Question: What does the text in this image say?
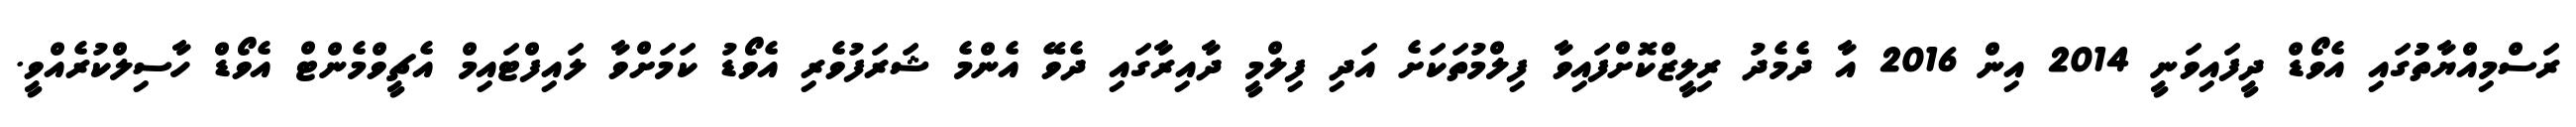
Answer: ރަސްމިއްޔާތުުގައި އެވޯޑް ދީފައިވަނީ 2014 އިން 2016 އާ ދެމެދު ރިލީޒްކޮށްފައިވާ ފިލްމުތަކަށެ އަދި ފިލްމީ ދާއިރާގައި ދެވޭ އެންމެ ޝަރަފުވެރި އެވޯޑު ކަމަށްވާ ލައިފްޓައިމް އެޗީވްމެންޓް އެވޯޑް ހާސިލްކުރެއްވީ.